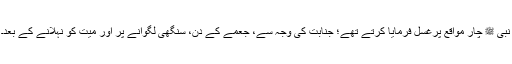
نبی ﷺ چار مواقع پرغسل فرمایا کرتے تھے؛ جنابت کی وجہ سے، جعمے کے دن، سنگھی لگوانے پر اور میت کو نہلانے کے بعد۔